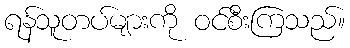
ရန်သူတပ်များကို ဝင်စီးကြသည်။